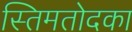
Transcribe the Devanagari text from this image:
स्तिमतोदका